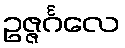
ဥဇ္ဇင်္ဂလေ